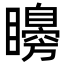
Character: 矏